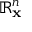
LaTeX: \mathbb { R } _ { \mathbf { x } } ^ { n }